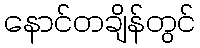
နောင်တချိန်တွင်